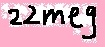
Text: 22meg